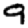
Digit: 9